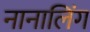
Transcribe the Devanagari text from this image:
नानालिंग